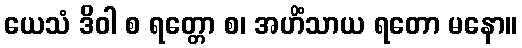
ယေသံ ဒိဝါ စ ရတ္တော စ၊ အဟိံသာယ ရတော မနော။